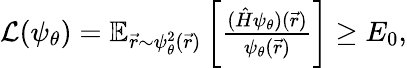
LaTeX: \begin{array}{r}{\mathcal{L}(\psi_{\theta})=\mathbb{E}_{\vec{r}\sim\psi_{\theta}^{2}(\vec{r})}\left[\frac{(\hat{H}\psi_{\theta})(\vec{r})}{\psi_{\theta}(\vec{r})}\right]\geq E_{0},}\end{array}